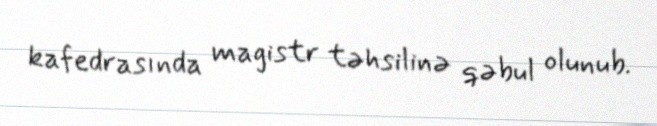
kafedrasında magistr təhsilinə qəbul olunub.